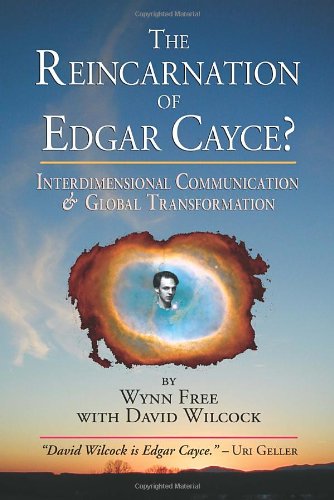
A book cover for The Reincarnation of Edgar Cayce?: Interdimensional Communication and Global Transformation; Wynn Free; Politics & Social Sciences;